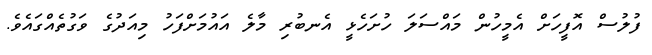
ފުލުސް އޮފީހަށް އެމީހުން މައްސަލަ ހުށަހެޅީ އެނބުރި މާލެ އައުމަށްފަހު މިއަދުގެ ވަގުތެއްގައެވެ.